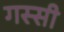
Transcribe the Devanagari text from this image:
गस्सी